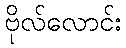
ဗိုလ်လောင်း